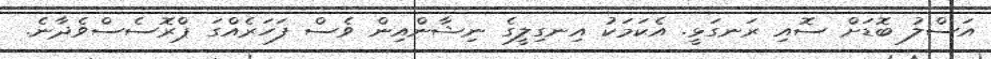
އަސްލު ބޮޑަށް ސޮއި ރަނގަޅީ. އެކަމަކު އިނގިލީގެ ނިޝާންއިން ވެސް ފަހަރެއްގަ ޕްރޮސެސްވެދާނެ.